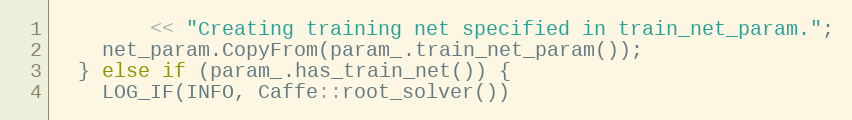
Language: C++
        << "Creating training net specified in train_net_param.";
    net_param.CopyFrom(param_.train_net_param());
  } else if (param_.has_train_net()) {
    LOG_IF(INFO, Caffe::root_solver())